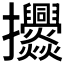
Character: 𭣓